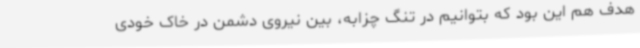
هدف هم این بود که بتوانیم در تنگ چزابه، بین نیروی دشمن در خاک خودی